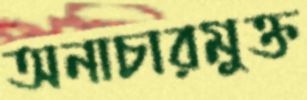
অনাচারমুক্ত